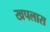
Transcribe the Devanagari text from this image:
खपलास